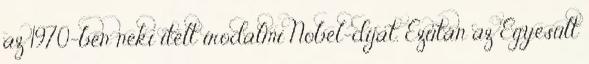
az 1970-ben neki ítélt irodalmi Nobel-díjat. Ezután az Egyesült